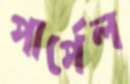
পার্পেল